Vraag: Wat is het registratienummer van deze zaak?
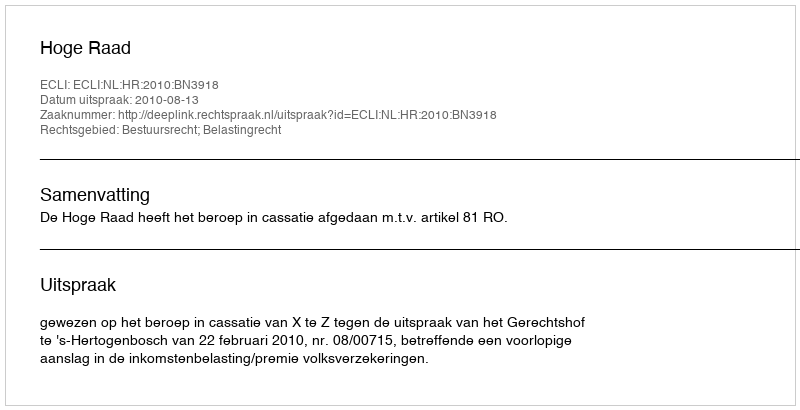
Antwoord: http://deeplink.rechtspraak.nl/uitspraak?id=ECLI:NL:HR:2010:BN3918